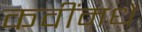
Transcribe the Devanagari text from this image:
कवींमधे